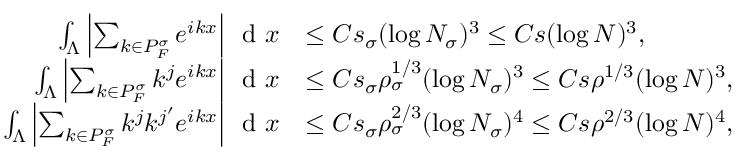
\begin{array} { r l } { \int _ { \Lambda } \left\vert \sum _ { k \in P _ { F } ^ { \sigma } } e ^ { i k x } \right\vert \, \textnormal { d } x } & { \leq C s _ { \sigma } ( \log N _ { \sigma } ) ^ { 3 } \leq C s ( \log N ) ^ { 3 } , } \\ { \int _ { \Lambda } \left\vert \sum _ { k \in P _ { F } ^ { \sigma } } k ^ { j } e ^ { i k x } \right\vert \, \textnormal { d } x } & { \leq C s _ { \sigma } \rho _ { \sigma } ^ { 1 / 3 } ( \log N _ { \sigma } ) ^ { 3 } \leq C s \rho ^ { 1 / 3 } ( \log N ) ^ { 3 } , } \\ { \int _ { \Lambda } \left\vert \sum _ { k \in P _ { F } ^ { \sigma } } k ^ { j } k ^ { j ^ { \prime } } e ^ { i k x } \right\vert \, \textnormal { d } x } & { \leq C s _ { \sigma } \rho _ { \sigma } ^ { 2 / 3 } ( \log N _ { \sigma } ) ^ { 4 } \leq C s \rho ^ { 2 / 3 } ( \log N ) ^ { 4 } , } \end{array}